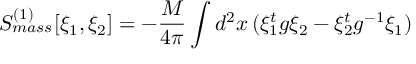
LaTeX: S _ { m a s s } ^ { ( 1 ) } [ \xi _ { 1 } , \xi _ { 2 } ] = - \frac { M } { 4 \pi } \int d ^ { 2 } x \, ( \xi _ { 1 } ^ { t } g \xi _ { 2 } - \xi _ { 2 } ^ { t } g ^ { - 1 } \xi _ { 1 } )